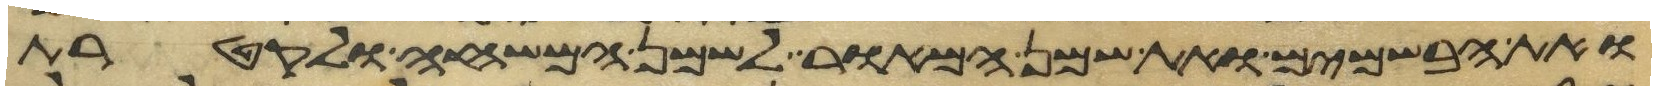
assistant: ואת הבשמים ואת שמן המאור לשמן המשחה ולקטרת